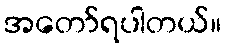
အတော်ရပါတယ်။